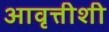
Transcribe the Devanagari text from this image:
आवृत्तीशी